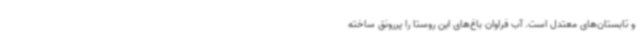
و تابستان‌های معتدل است. آب فراوان باغ‌های این روستا را پررونق ساخته